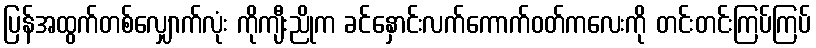
ပြန်အထွက်တစ်လျှောက်လုံး ကိုကျီးညိုက ခင်နှောင်းလက်ကောက်ဝတ်ကလေးကို တင်းတင်းကြပ်ကြပ်